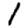
Digit: 1